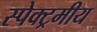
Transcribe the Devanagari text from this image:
स्पेक्ट्रमीय